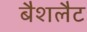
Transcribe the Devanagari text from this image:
बैशलैट